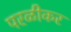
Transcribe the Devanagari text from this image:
परळीकर